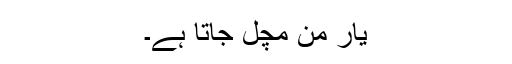
یار من مچل جاتا ہے۔